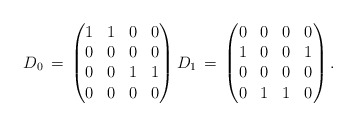
\begin{align*} D_{0} \, = \, \begin{pmatrix} 1 & 1 & 0 & 0 \\ 0 & 0 & 0 & 0\\ 0 & 0 & 1 & 1 \\ 0 & 0 & 0 & 0 \end{pmatrix} D_{1} \, = \, \begin{pmatrix} 0 & 0 & 0 & 0 \\ 1 & 0 & 0 & 1 \\ 0 & 0 & 0 & 0 \\ 0 & 1 & 1 & 0 \end{pmatrix} .\end{align*}